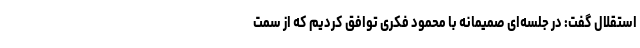
استقلال گفت: در جلسه‌ای صمیمانه‌ با محمود فکری توافق کردیم که از سمت